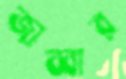
জাব্বার